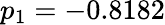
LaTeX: p_{1}=-0.8182